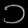
Digit: ၁